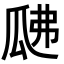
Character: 𤫰